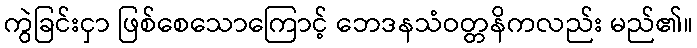
ကွဲခြင်းငှာ ဖြစ်စေသောကြောင့် ဘေဒနသံဝတ္တနိကလည်း မည်၏။